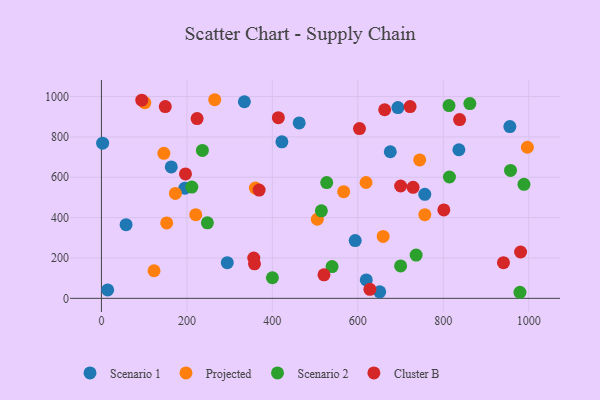
{"axis": {"x": "Experience", "y": "Profit"}, "legend": ["Cluster B", "Projected", "Scenario 1", "Scenario 2"], "data": [{"x": "593.9", "y": 286.1, "type": "Scenario 1"}, {"x": "651.2", "y": 32.2, "type": "Scenario 1"}, {"x": "462.8", "y": 869.3, "type": "Scenario 1"}, {"x": "422.3", "y": 775.7, "type": "Scenario 1"}, {"x": "676.0", "y": 726.4, "type": "Scenario 1"}, {"x": "836.5", "y": 736.3, "type": "Scenario 1"}, {"x": "294.5", "y": 176.6, "type": "Scenario 1"}, {"x": "756.7", "y": 515.3, "type": "Scenario 1"}, {"x": "693.8", "y": 945.5, "type": "Scenario 1"}, {"x": "57.7", "y": 365.2, "type": "Scenario 1"}, {"x": "14.6", "y": 41.6, "type": "Scenario 1"}, {"x": "955.8", "y": 851.0, "type": "Scenario 1"}, {"x": "2.8", "y": 768.7, "type": "Scenario 1"}, {"x": "163.4", "y": 651.4, "type": "Scenario 1"}, {"x": "619.8", "y": 91.4, "type": "Scenario 1"}, {"x": "195.3", "y": 545.8, "type": "Scenario 1"}, {"x": "334.5", "y": 974.1, "type": "Scenario 1"}, {"x": "123.1", "y": 136.7, "type": "Projected"}, {"x": "505.2", "y": 391.9, "type": "Projected"}, {"x": "265.1", "y": 984.2, "type": "Projected"}, {"x": "659.3", "y": 306.7, "type": "Projected"}, {"x": "173.1", "y": 519.8, "type": "Projected"}, {"x": "360.3", "y": 546.5, "type": "Projected"}, {"x": "101.5", "y": 969.6, "type": "Projected"}, {"x": "146.1", "y": 718.5, "type": "Projected"}, {"x": "744.8", "y": 685.9, "type": "Projected"}, {"x": "619.2", "y": 574.1, "type": "Projected"}, {"x": "152.7", "y": 373.7, "type": "Projected"}, {"x": "566.9", "y": 528.4, "type": "Projected"}, {"x": "996.8", "y": 748.6, "type": "Projected"}, {"x": "756.8", "y": 414.8, "type": "Projected"}, {"x": "220.7", "y": 414.8, "type": "Projected"}, {"x": "248.0", "y": 374.4, "type": "Scenario 2"}, {"x": "211.5", "y": 551.2, "type": "Scenario 2"}, {"x": "862.2", "y": 965.0, "type": "Scenario 2"}, {"x": "527.2", "y": 573.8, "type": "Scenario 2"}, {"x": "979.4", "y": 30.0, "type": "Scenario 2"}, {"x": "813.4", "y": 955.3, "type": "Scenario 2"}, {"x": "736.5", "y": 214.4, "type": "Scenario 2"}, {"x": "514.7", "y": 433.4, "type": "Scenario 2"}, {"x": "539.7", "y": 157.3, "type": "Scenario 2"}, {"x": "400.1", "y": 101.9, "type": "Scenario 2"}, {"x": "957.3", "y": 633.8, "type": "Scenario 2"}, {"x": "988.8", "y": 565.1, "type": "Scenario 2"}, {"x": "236.3", "y": 733.1, "type": "Scenario 2"}, {"x": "814.4", "y": 601.3, "type": "Scenario 2"}, {"x": "700.1", "y": 160.5, "type": "Scenario 2"}, {"x": "358.2", "y": 170.8, "type": "Cluster B"}, {"x": "628.3", "y": 44.4, "type": "Cluster B"}, {"x": "603.9", "y": 841.1, "type": "Cluster B"}, {"x": "729.4", "y": 550.3, "type": "Cluster B"}, {"x": "149.4", "y": 950.3, "type": "Cluster B"}, {"x": "838.2", "y": 885.7, "type": "Cluster B"}, {"x": "801.3", "y": 438.2, "type": "Cluster B"}, {"x": "369.0", "y": 536.6, "type": "Cluster B"}, {"x": "722.3", "y": 950.1, "type": "Cluster B"}, {"x": "414.0", "y": 895.4, "type": "Cluster B"}, {"x": "94.4", "y": 982.2, "type": "Cluster B"}, {"x": "940.8", "y": 176.9, "type": "Cluster B"}, {"x": "196.7", "y": 616.3, "type": "Cluster B"}, {"x": "700.2", "y": 556.6, "type": "Cluster B"}, {"x": "520.8", "y": 116.7, "type": "Cluster B"}, {"x": "356.5", "y": 199.9, "type": "Cluster B"}, {"x": "223.9", "y": 890.8, "type": "Cluster B"}, {"x": "980.9", "y": 229.6, "type": "Cluster B"}, {"x": "662.9", "y": 934.5, "type": "Cluster B"}]}